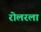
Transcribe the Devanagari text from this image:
रोलरला